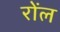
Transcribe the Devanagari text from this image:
रोंल